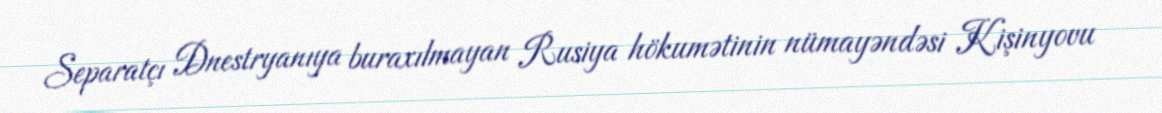
Separatçı Dnestryanıya buraxılmayan Rusiya hökumətinin nümayəndəsi Kişinyovu